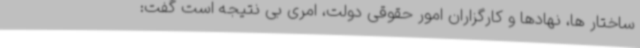
ساختار ها، نهادها و کارگزاران امور حقوقی دولت، امری بی نتیجه است گفت: